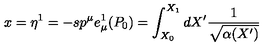
x = \eta ^ { 1 } = - s p ^ { \mu } e _ { \mu } ^ { 1 } ( P _ { 0 } ) = \int _ { X _ { 0 } } ^ { X _ { 1 } } d X ^ { \prime } \frac { 1 } { \sqrt { \alpha ( X ^ { \prime } ) } }